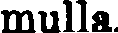
mulla.